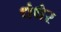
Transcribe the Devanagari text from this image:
धंधेर